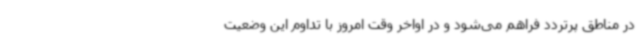
در مناطق پرتردد فراهم می‌شود و در اواخر وقت امروز با تداوم این وضعیت